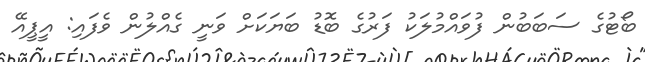
ބޯޓުގެ ސަބަބުން ފުވައްމުލަކު ފަރުގެ ބޮޑު ބަޔަކަށް ވަނީ ގެއްލުން ވެފައި: އީޕީއޭ